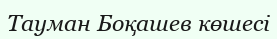
Тауман Боқашев көшесі